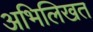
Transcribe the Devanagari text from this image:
अभिलिखत